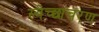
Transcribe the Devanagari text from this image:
स्वेच्छाचरण